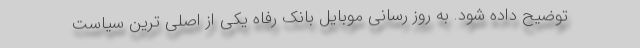
توضیح داده شود. به روز رسانی موبایل بانک رفاه یکی از اصلی ترین سیاست